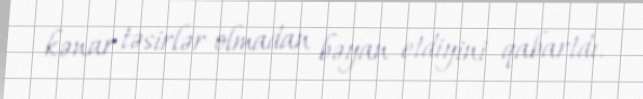
kənar təsirlər olmadan bəyan etdiyini qabartdı.